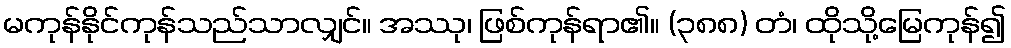
မကုန်နိုင်ကုန်သည်သာလျှင်။ အဿု၊ ဖြစ်ကုန်ရာ၏။ (၃၈၈) တံ၊ ထိုသို့မြေကုန်၍